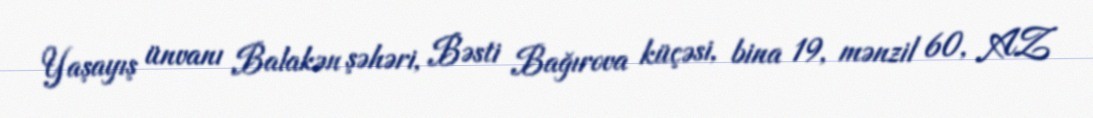
Yaşayış ünvanı Balakən şəhəri, Bəsti Bağırova küçəsi, bina 19, mənzil 60, AZ